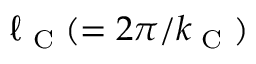
\ell _ { \textrm { C } } ( = 2 \pi / k _ { \textrm { C } } )